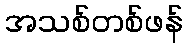
အသစ်တစ်ဖန်